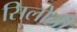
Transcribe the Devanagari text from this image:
सिलोनी